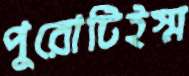
পুরোটিইস্ম